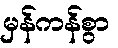
မှန်ကန်စွာ